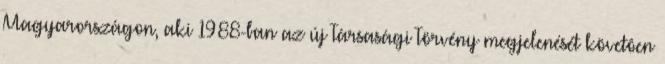
Magyarországon, aki 1988-ban az új Társasági Törvény megjelenését követôen